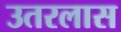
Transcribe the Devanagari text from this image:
उतरलास